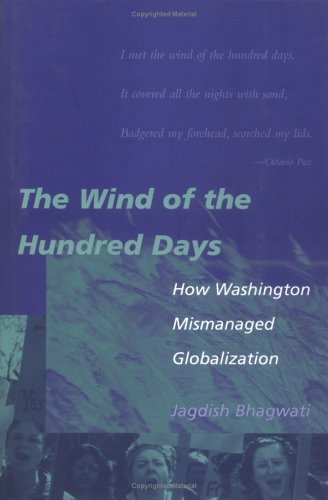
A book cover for The Wind of the Hundred Days: How Washington Mismanaged Globalization; Jagdish N. Bhagwati; Law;